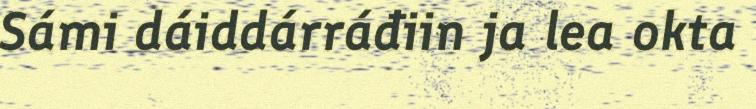
Sámi dáiddárráđiin ja lea okta